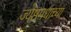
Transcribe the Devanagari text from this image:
ज्येष्ठमधाच्या